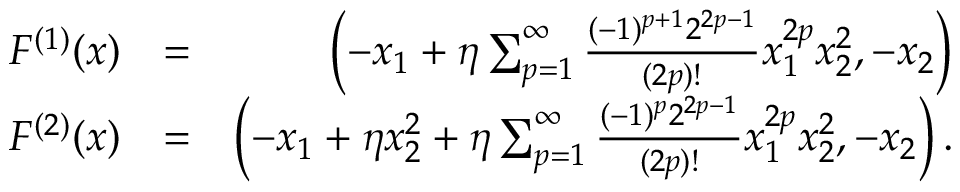
\begin{array} { r l r } { F ^ { ( 1 ) } ( x ) } & { = } & { \left( - x _ { 1 } + \eta \sum _ { p = 1 } ^ { \infty } \frac { ( - 1 ) ^ { p + 1 } 2 ^ { 2 p - 1 } } { ( 2 p ) ! } x _ { 1 } ^ { 2 p } x _ { 2 } ^ { 2 } , - x _ { 2 } \right) } \\ { F ^ { ( 2 ) } ( x ) } & { = } & { \left( - x _ { 1 } + \eta x _ { 2 } ^ { 2 } + \eta \sum _ { p = 1 } ^ { \infty } \frac { ( - 1 ) ^ { p } 2 ^ { 2 p - 1 } } { ( 2 p ) ! } x _ { 1 } ^ { 2 p } x _ { 2 } ^ { 2 } , - x _ { 2 } \right) . } \end{array}